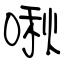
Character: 啾